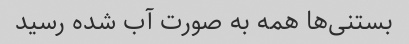
بستنی‌ها همه به صورت آب شده رسید